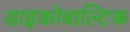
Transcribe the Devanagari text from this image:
डाइकोबाल्टिक